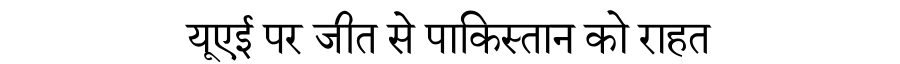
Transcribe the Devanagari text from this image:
यूएई पर जीत से पाकिस्तान को राहत